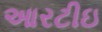
આરટીઇ